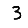
Digit: 3